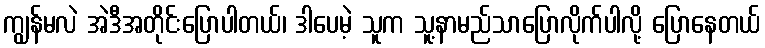
ကျွန်မလဲ အဲဒီအတိုင်းပြောပါတယ်၊ ဒါပေမဲ့ သူက သူ့နာမည်သာပြောလိုက်ပါလို့ ပြောနေတယ်